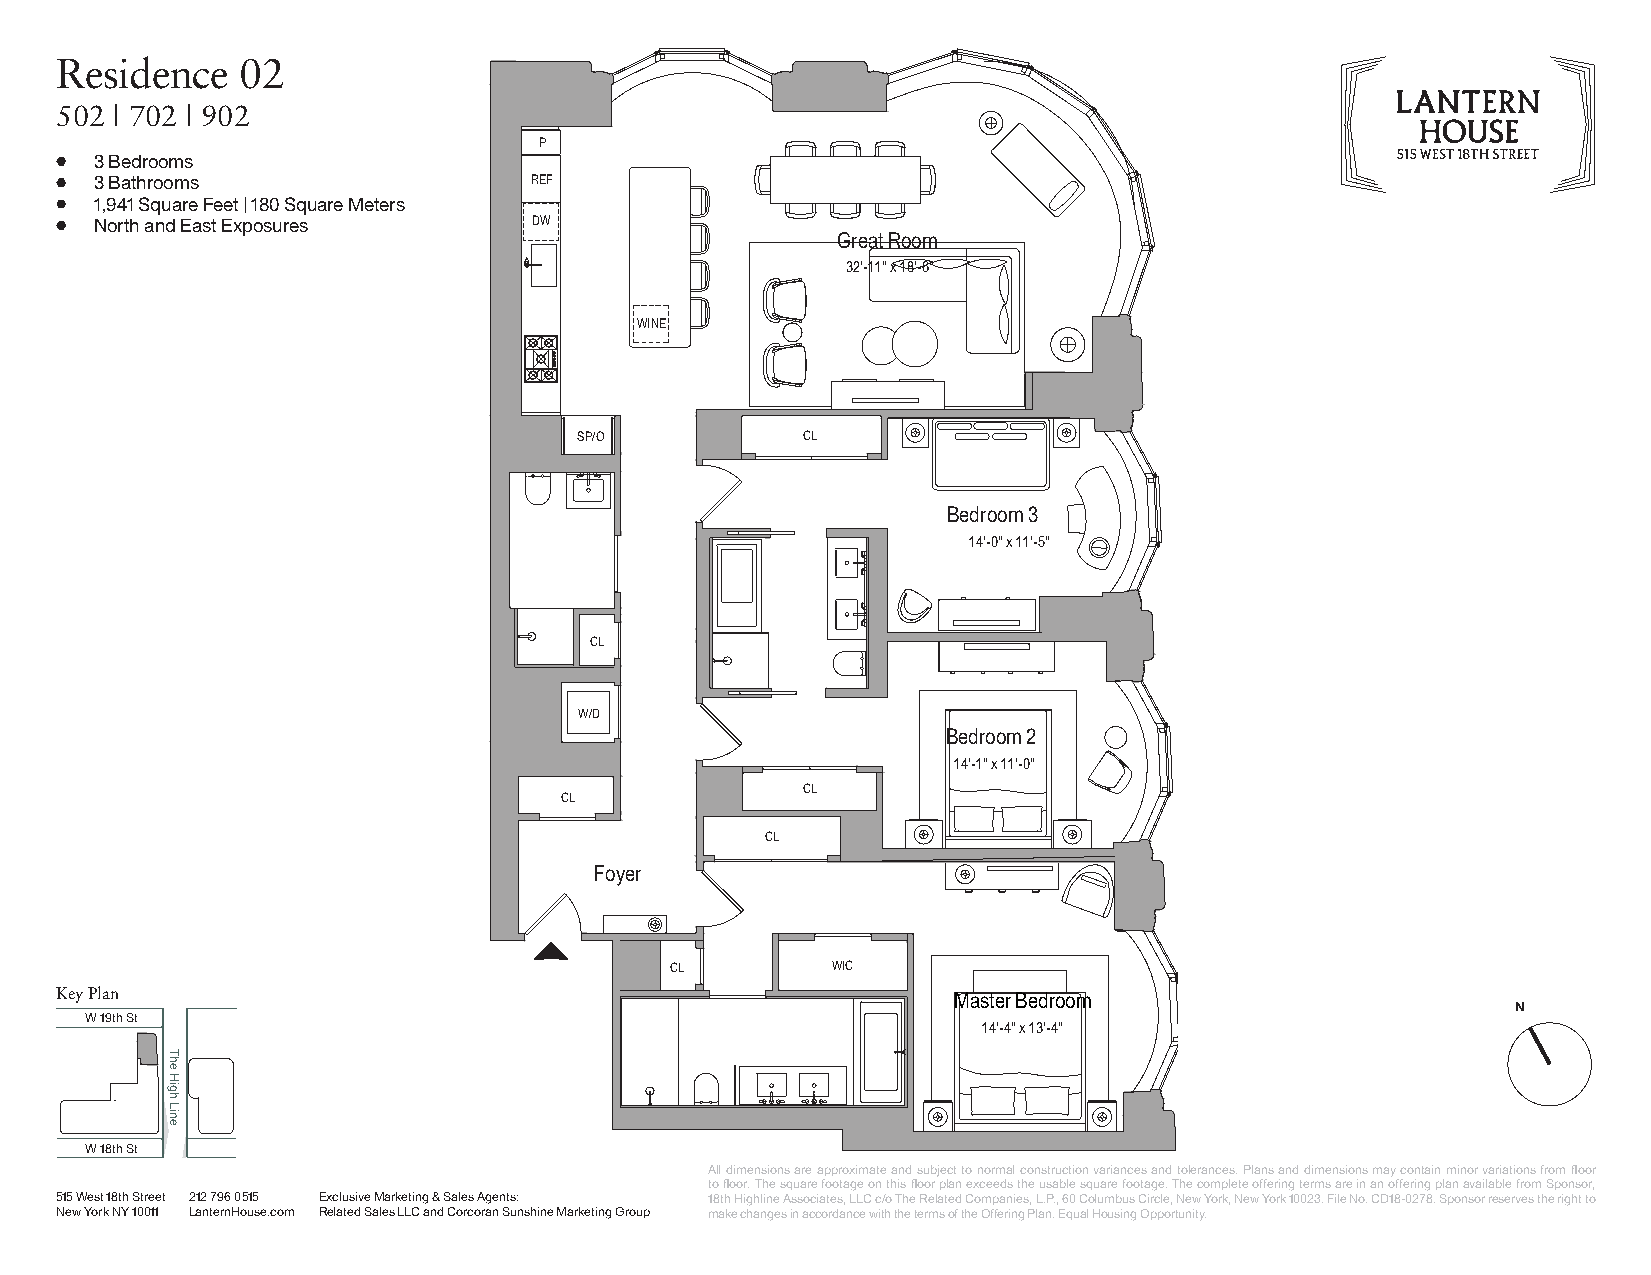
Residence   02
 502 | 702 | 902
 P
 3 Bedrooms
 3 Bathrooms                  REF
 1,941 Square Feet | 180 Square Meters
 North and East Exposures     DW
 Great Room
 32'-11" x 18'-6"
 WINE
 SP/O           CL
 P
 REF
 DW Great Room
 32'-11" x 18'-6"
 Bedroom 3
 WINE
 14'-0" x 11'-5"
 SP/O CL
 Bedroom 3
 13'-6" x 11'-5"                        CL
 MECH
 W/D
 W/D Bedroom 2
 14'-1" x 11'-0"                                                Bedroom 2
 CL CL                                                          14'-1" x 11'-0"
 CL
 CL
 Foyer                                CL
 LC WIC                                             CL
 Mas 14te '-4r " B x e 13d '-r 4o "om   Foyer
 CL         WIC
 Key Plan                                                   Master Bedroom
 N
 W 19th St
 14'-4" x 13'-4"
 WINDOW TYPE: A WWES T1 T8OthW ESRt EAST TOWER
 KEY PLAN                          All dimensions are approximate and subject to normal construction variances and tolerances. Plans and dimensions may contain minor variations from floor
 UNIT 602, 802 515 WEST 18TH STREET             to floor. The square footage on this floor plan exceeds the usable square footage. The complete offering terms are in an offering plan available from Sponsor,
 6TH & 8TH FL. WEST TOWER 515 West 18th Street 212 796 0515 Exclusive Marketing & Sales Agents: 18th Highline Associates, LLC c/o The Related Companies, L.P., 60 Columbus Circle, New York, New York 10023. File No. CD18-0278. Sponsor reserves the right to
 3 BEDROOM, 3 BATH 515 West 18th Street New York NY 10011 LanternHouse.com Related Sales LLC and Corcoran Sunshine Marketing Group make changes in accordance with the terms of the Offering Plan. Equal Housing Opportunity.
 1,941 S.F.(180.32 SQ.M) New York, NY
 The
 High
 Line